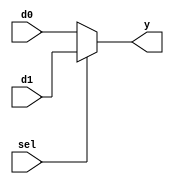

// mux2.v - logic for 2-to-1 multiplexer

module mux2 #(parameter WIDTH = 8) (
    input       [WIDTH-1:0] d0, d1,
    input       sel,
    output      [WIDTH-1:0] y
);

assign y = sel ? d1 : d0;

endmodule